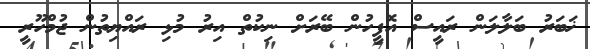
ޚަބަރު ބަލާލަން ރައީސް އޮފީހުން ބޭރަށް ނިކުތް އިރު މުޅި ރައްޔިތުން ޖުމްހޫރީ